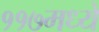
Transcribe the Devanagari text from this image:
११७मध्ये